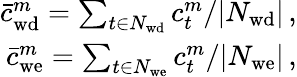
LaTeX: \begin{array}{r}{\bar{c}_{\mathrm{wd}}^{m}=\sum_{t\in N_{\mathrm{wd}}}c_{t}^{m}/\lvert N_{\mathrm{wd}}\rvert\, ,}\\ {\bar{c}_{\mathrm{we}}^{m}=\sum_{t\in N_{\mathrm{we}}}c_{t}^{m}/\lvert N_{\mathrm{we}}\rvert\, ,}\end{array}